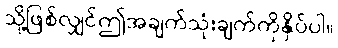
သို့ဖြစ်လျှင်ဤအချက်သုံးချက်ကိုနှိပ်ပါ။